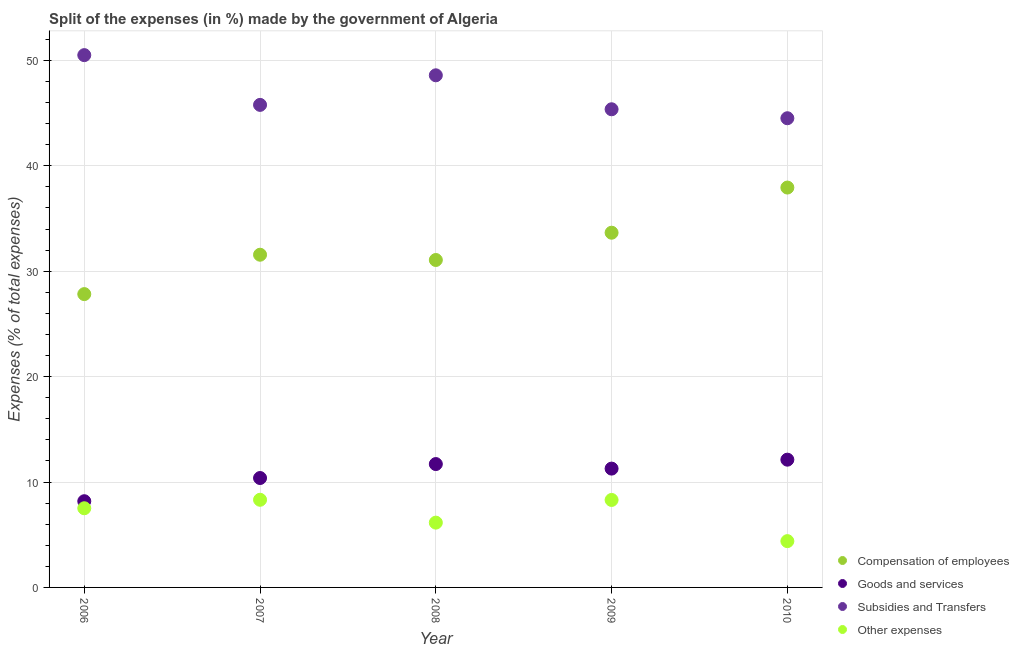
| Year | Compensation of employees | Goods and services | Subsidies and Transfers | Other expenses |
 | --- | --- | --- | --- | --- |
 | 2006 | 27.8 | 8.18 | 50.5 | 7.51 |
 | 2007 | 31.6 | 10.4 | 45.8 | 8.32 |
 | 2008 | 31.1 | 11.7 | 48.6 | 6.15 |
 | 2009 | 33.7 | 11.3 | 45.4 | 8.3 |
 | 2010 | 37.9 | 12.1 | 44.5 | 4.39 |